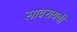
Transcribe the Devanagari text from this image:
सावरायची